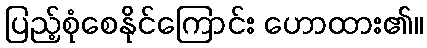
ပြည့်စုံစေနိုင်ကြောင်း ဟောထား၏။